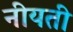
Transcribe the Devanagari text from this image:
नीयती